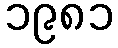
၁၉၈၁